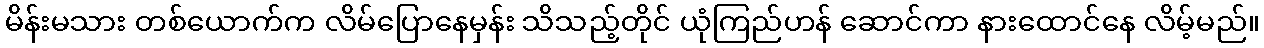
မိန်းမသား တစ်ယောက်က လိမ်ပြောနေမှန်း သိသည့်တိုင် ယုံကြည်ဟန် ဆောင်ကာ နားထောင်နေ လိမ့်မည်။